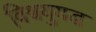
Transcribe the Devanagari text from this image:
विश्वयुयद्ध